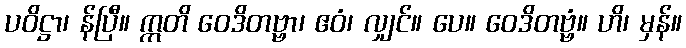
ပဝိဋ္ဌာ၊ န်ပြီ။ ဣတိ ဝေဒိတဗ္ဗာ၊ ဧဝံ၊ လျှင်။ ပေ။ ဝေဒိတဗ္ဗံ။ ဟိ၊ မှန်။